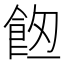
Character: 𩛀